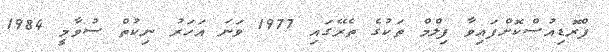
ޕްރޮޑިއުސްކޮށްފައިވާ ފިލްމް ތަކުގެ ތެރޭގައި 1977 ވަނަ އަހަރު ނިކުތް ސުވާމީ 1984